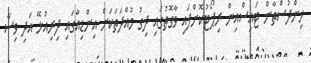
ހިންދުސްތާން ޓައިސްއިން ރިޕޯޓުކޮށްފައި ވާގޮތުގައި ދިގު މުއްދަތަކަށް އިންޑިއާގައި ދިރިއުޅޭ އަދި ވިސާ